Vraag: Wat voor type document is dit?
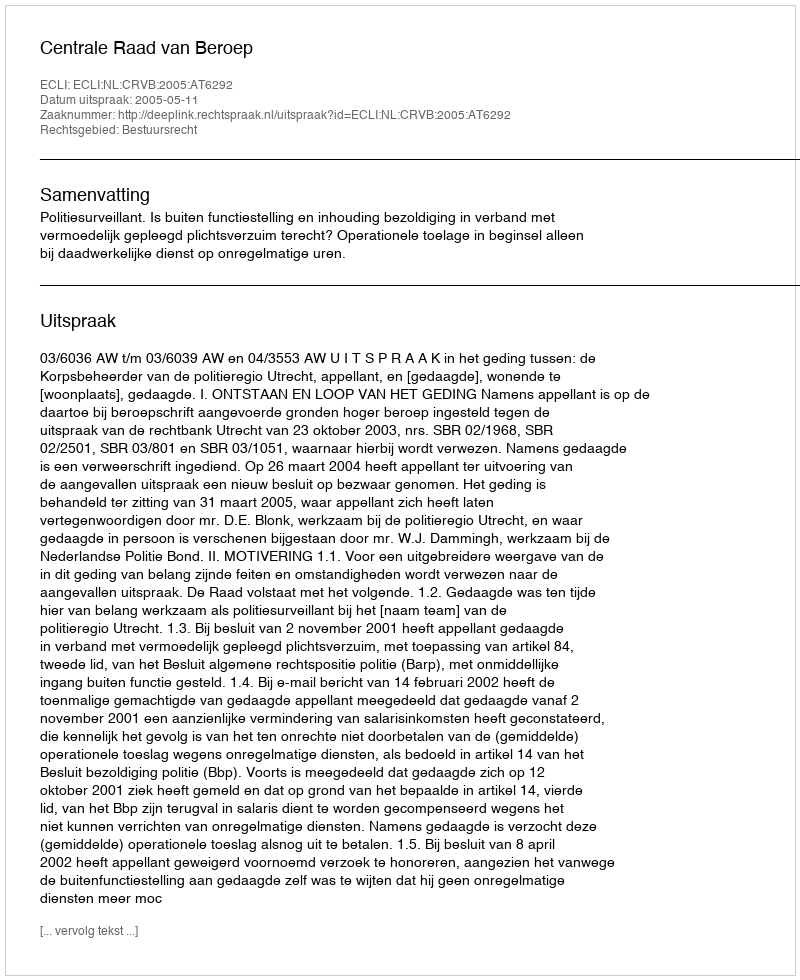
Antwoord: Uitspraak